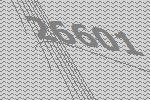
26601